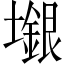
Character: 𱘎